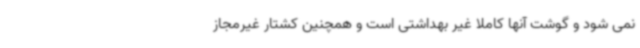
نمی شود و گوشت آنها کاملاً غیر بهداشتی است و همچنین کشتار غیرمجاز